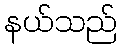
နယ်သည်